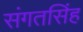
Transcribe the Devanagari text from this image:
संगतसिंह